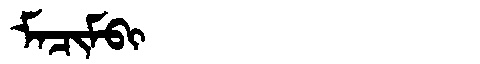
Manchu: ᠮᠠᠴᡳᠮᠪᡳ
Romanization: MACIMBI